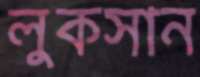
লুকসান